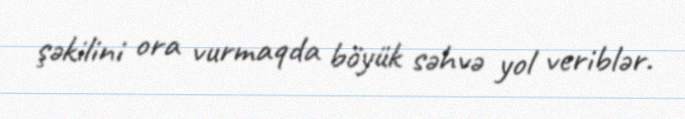
şəkilini ora vurmaqda böyük səhvə yol veriblər.